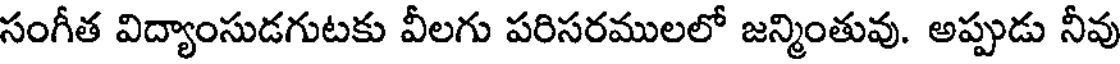
సంగీత విద్యాంసుడగుటకు వీలగు పరిసరములలో జన్మింతువు. అప్పుడు నీవు